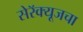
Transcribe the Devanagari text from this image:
सेरॅक्यूजचा